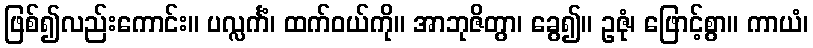
ဖြစ်၍လည်းကောင်း။ ပလ္လင်္ကံ၊ ထက်ဝယ်ကို။ အာဘုဇိတွာ၊ ခွေ၍။ ဥဇုံ၊ ဖြောင့်စွာ။ ကာယံ၊